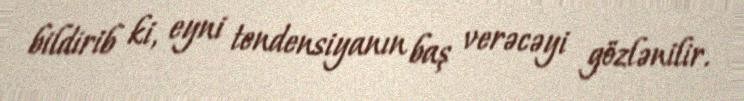
bildirib ki, eyni tendensiyanın baş verəcəyi gözlənilir.